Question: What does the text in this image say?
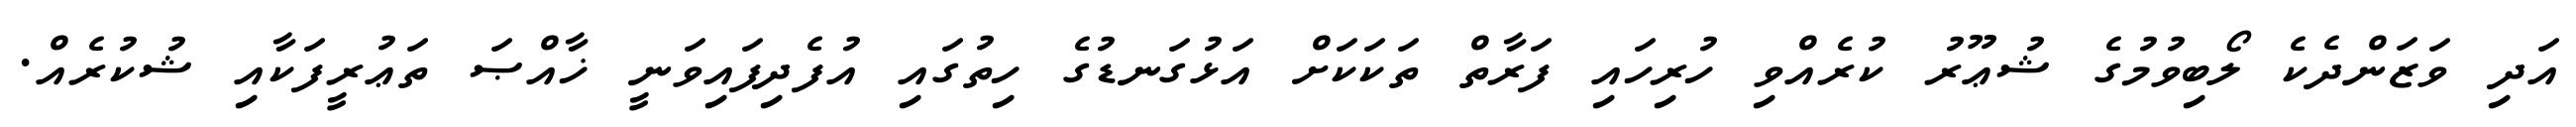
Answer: އަދި ވަޒަންދެކެ ލޯބިވުމުގެ ޝުޢޫރު ކުރެއްވި ހުރިހައި ފަރާތް ތަކަކަށް އަޅުގަނޑުގެ ހިތުގައި އުފެދިފައިވަނީ ޚާއްޞަ ތަޢުރީފަކާއި ޝުކުރެއް.